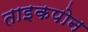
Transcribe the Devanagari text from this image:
ताइकपोन